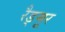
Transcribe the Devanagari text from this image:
रैड्मूर